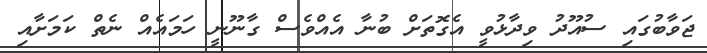
ޖަވާބުގައި ސުއޫދު ވިދާޅުވީ އެގޮތަށް ބުނާ އެއްވެސް ގާނޫނީ ހަމައެއް ނެތް ކަމަށާއި